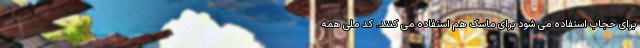
برای حجاب استفاده می شود برای ماسک هم استفاده می کنند. کد ملی همه